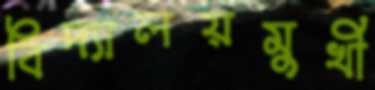
বিদ্যালয়মুখী